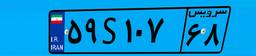
۵۳S۹۱۲۸۸